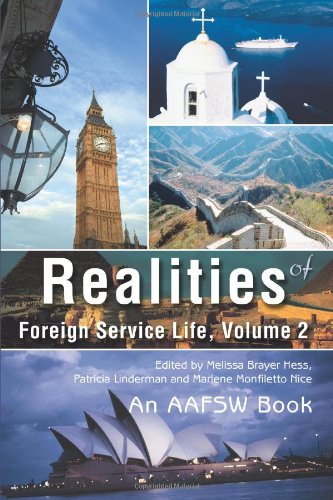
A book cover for Realities of Foreign Service Life, Volume 2; Patricia Linderman; Politics & Social Sciences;